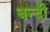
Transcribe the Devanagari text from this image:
बन्‍दी